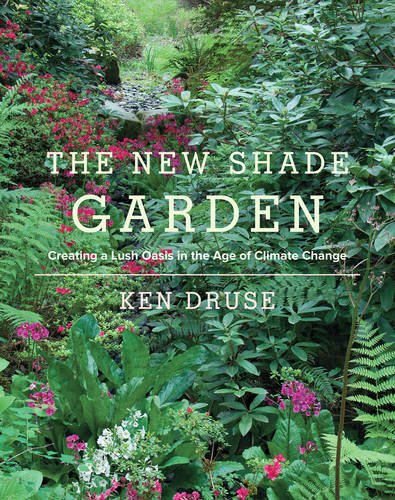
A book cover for The New Shade Garden: Creating a Lush Oasis in the Age of Climate Change; Ken Druse; Crafts, Hobbies & Home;